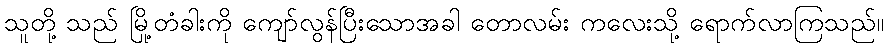
သူတို့ သည် မြို့တံခါးကို ကျော်လွန်ပြီးသောအခါ တောလမ်း ကလေးသို့ ရောက်လာကြသည်။